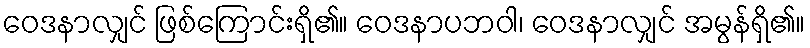
ဝေဒနာလျှင် ဖြစ်ကြောင်းရှိ၏။ ဝေဒနာပဘဝါ၊ ဝေဒနာလျှင် အမွန်ရှိ၏။